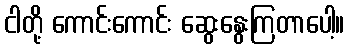
ငါတို့ ကောင်းကောင်း ဆွေးနွေးကြတာပေါ့။